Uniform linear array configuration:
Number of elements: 12
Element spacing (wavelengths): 0.5
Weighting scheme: blackman
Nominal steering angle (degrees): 15
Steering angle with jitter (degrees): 16.573
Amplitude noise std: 0.05
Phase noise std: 0.05

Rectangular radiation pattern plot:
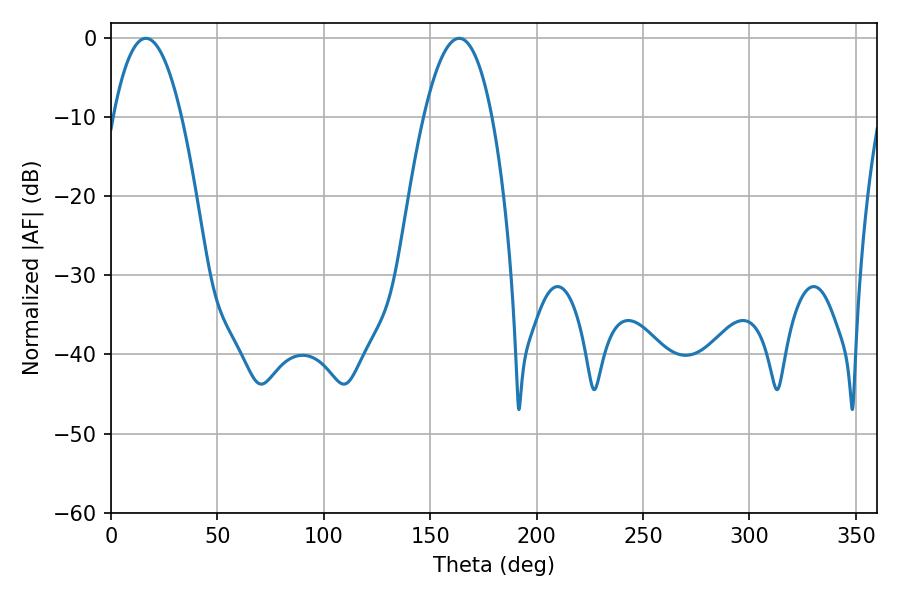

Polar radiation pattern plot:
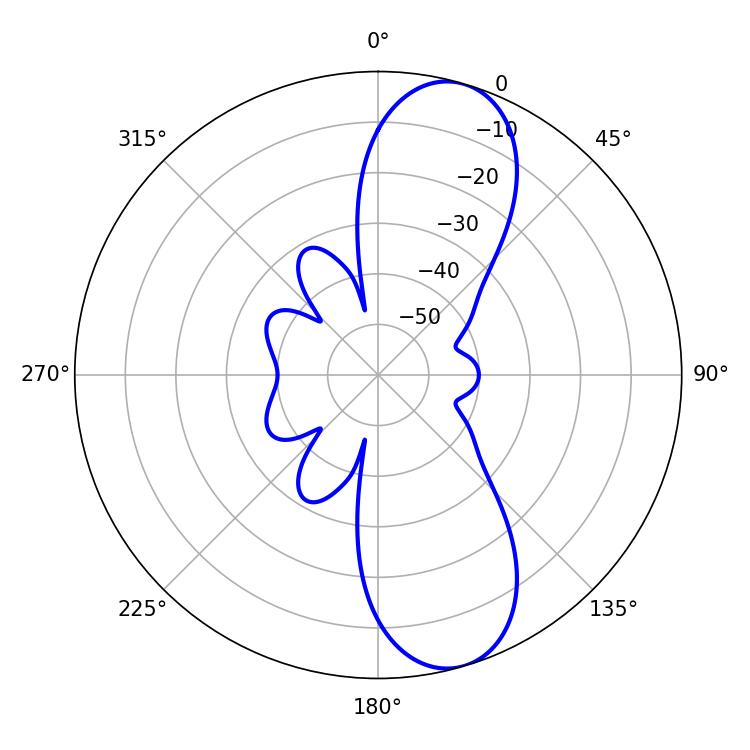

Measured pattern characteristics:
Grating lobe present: FALSE
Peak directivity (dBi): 10.229
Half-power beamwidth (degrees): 17.64
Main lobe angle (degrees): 16.38